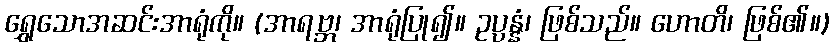
ရွှေသောအဆင်းအာရုံကို။ (အာရဗ္ဘ၊ အာရုံပြု၍။ ဥပ္ပန္နံ၊ ဖြစ်သည်။ ဟောတိ၊ ဖြစ်၏။)